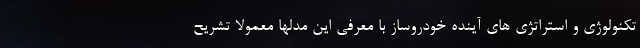
تکنولوژی و استراتژی های آینده خودروساز با معرفی این مدلها معمولا تشریح